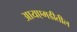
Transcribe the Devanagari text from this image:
आयएमडीतील